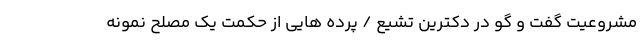
مشروعیت گفت و گو در دکترین تشیع / پرده هایی از حکمت یک مصلح نمونه